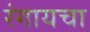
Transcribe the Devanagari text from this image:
रंगायचा